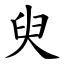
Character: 臾